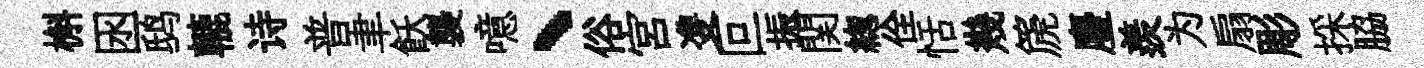
槲囦鸱轆诗普聿飫襲噫、俗宮㕠叵振関緫佺恬幾篪麈羨为扇彫採脇